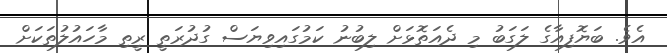
އެވެ. ބަޔޮފިއާގެ ލަގަބު މި ދެއަތޮޅަށް ލިބުނު ކަމުގައިވިޔަސް ގުދުރަތީ ރީތި މާހައުލުތަކަށް